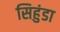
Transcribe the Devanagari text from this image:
सिहुंडा